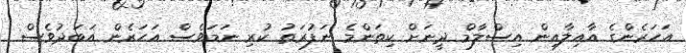
އަހަރެންގެ އާއިލާއިން އިސްލާމް ދީނަށް ކިތަންމެ ނަފުރަތު ކުރި ނަމަވެސް އަހަރެން އަބަދުވެސް